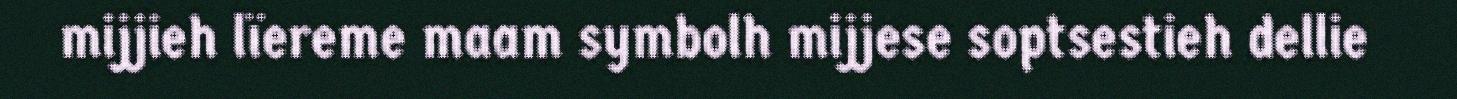
mijjieh lïereme maam symbolh mijjese soptsestieh dellie